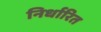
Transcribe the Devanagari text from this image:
निर्धारित